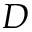
D